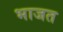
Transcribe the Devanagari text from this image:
भाजत